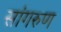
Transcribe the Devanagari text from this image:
सांगरुण